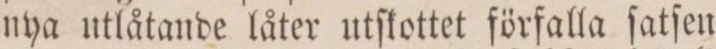
nya utlåtande låter utſkottet förfalla fatſen